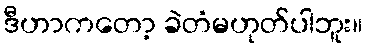
ဒီဟာကတော့ ခဲတံမဟုတ်ပါဘူး။